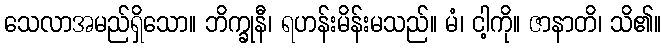
သေလာအမည်ရှိသော။ ဘိက္ခုနီ၊ ရဟန်းမိန်းမသည်။ မံ၊ ငါ့ကို။ ဇာနာတိ၊ သိ၏။